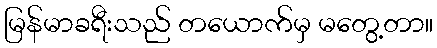
မြန်မာခရီးသည် တယောက်မှ မတွေ့တာ။